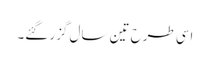
اسی طرح تین سال گزر گئے۔